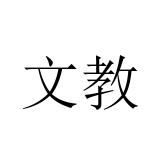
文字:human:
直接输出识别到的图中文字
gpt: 文教